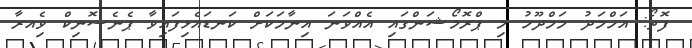
ފޮތޯ: އަހްމަދު މަމްދޫހު މި ޕްރޮމޯޝަންގައި އެއްވަނަ އިނާމަކަށް ކަނޑައެޅިފައިވާ ޕެނެސޮނިކް ވިެއރާ